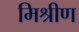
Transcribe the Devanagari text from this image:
मिश्रीण